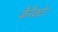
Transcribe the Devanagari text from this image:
कैरैक्टेर